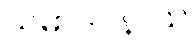
သမာဒပနာယ